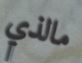
مالذي